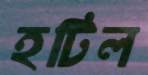
হটিল